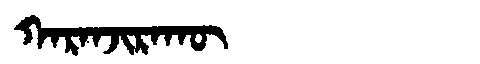
Manchu: ᡴᠠᡵᠠᠨᠵᡳᡵᠠᡴᡡ
Romanization: KARANJIRAKŪ